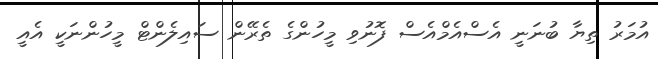
އުމަރު ތިޔާ ބުނަނީ އެސްއެމްއެސް ފޮނުވި މީހުންގެ ތެރޭން ސައިލެންޓް މީހުންނަކީ އެއީ